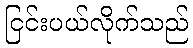
ငြင်းပယ်လိုက်သည်